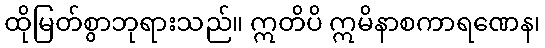
ထိုမြတ်စွာဘုရားသည်။ ဣတိပိ ဣမိနာစကာရဏေန၊